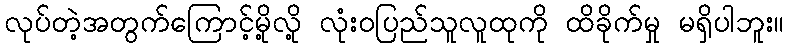
လုပ်တဲ့အတွက်ကြောင့်မို့လို့ လုံးဝပြည်သူလူထုကို ထိခိုက်မှု မရှိပါဘူး။